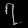
Digit: ၇